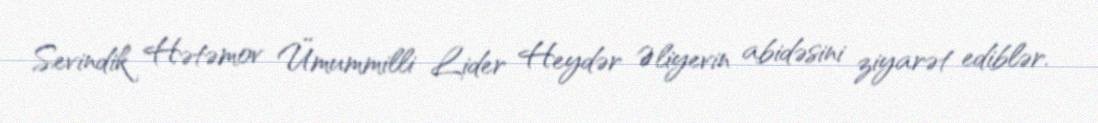
Sevindik Hətəmov Ümummilli Lider Heydər Əliyevin abidəsini ziyarət ediblər.